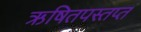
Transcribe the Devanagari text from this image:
ऋषितपस्तप्त